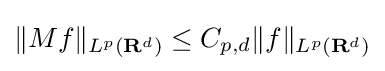
\Vert Mf\Vert _{L^{p}(\mathbf {R} ^{d})}\leq C_{p,d}\Vert f\Vert _{L^{p}(\mathbf {R} ^{d})}